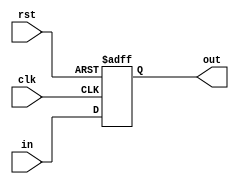
`timescale 1ns / 1ps
//////////////////////////////////////////////////////////////////////////////////
// Company: 
// Engineer: 
// 
// Design Name: 
// Module Name:    DFF 
// Project Name: 
// Target Devices: 
// Tool versions: 
// Description: 
//
// Dependencies: 
//
// Revision: 
// Revision 0.01 - File Created
// Additional Comments: 
//
//////////////////////////////////////////////////////////////////////////////////
module DFF(
	 input in,
	 input clk,
	 input rst,
	 output reg out
    );
	 
	 always @(posedge clk or posedge rst) begin
	     if(rst)
		      out <= 1'b0;
		  else 
				out <= in;
	 end
endmodule